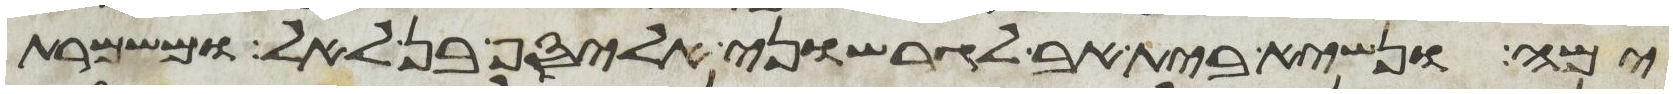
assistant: ימה ונשיא בית אב לגרשוני אליסף בן לאל ומשמרת